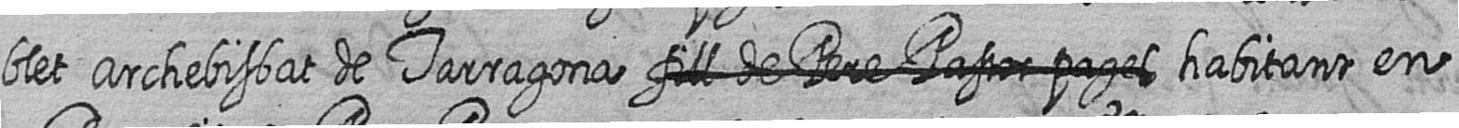
blet Archebisbat de Tarragona # # # # # habitant en